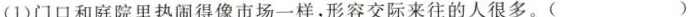
(1)门口和庭院里热闹得像市场一样，形容交际来往的人很多。( )